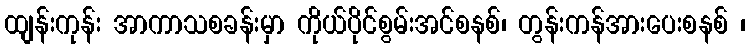
ထျန်းကုန်း အာကာသစခန်းမှာ ကိုယ်ပိုင်စွမ်းအင်စနစ်၊ တွန်းကန်အားပေးစနစ် ၊